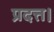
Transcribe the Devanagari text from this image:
प्रदत्त।